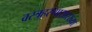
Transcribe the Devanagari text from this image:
वस्त्रहरणासारख्या